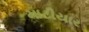
માટીયાર